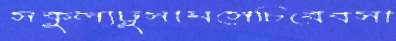
সকুল্যঢুসানসেচিবেবসা